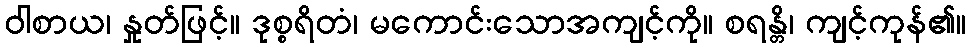
ဝါစာယ၊ နှုတ်ဖြင့်။ ဒုစ္စရိတံ၊ မကောင်းသောအကျင့်ကို။ စရန္တိ၊ ကျင့်ကုန်၏။